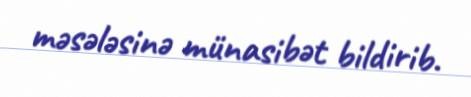
məsələsinə münasibət bildirib.